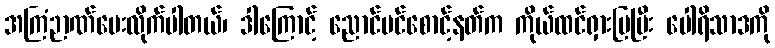
အကြံဉာဏ်ပေးလိုက်ပါတယ်၊ ဒါကြောင့် ညောင်ပင်စောင့်နတ်က ကိုယ်ထင်ရှားပြပြီး ပေါရိသာဒကို